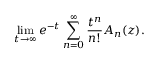
\operatorname* { l i m } _ { t \rightarrow \infty } e ^ { - t } \sum _ { n = 0 } ^ { \infty } { \frac { t ^ { n } } { n ! } } A _ { n } ( z ) .